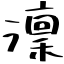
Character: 澟